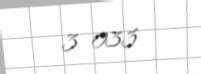
3 033